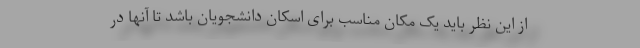
از این نظر باید یک مکان مناسب برای اسکان دانشجویان باشد تا آنها در